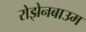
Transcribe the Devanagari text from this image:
रोझेनबाउम